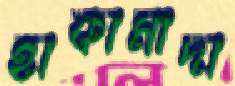
হাকামাদা